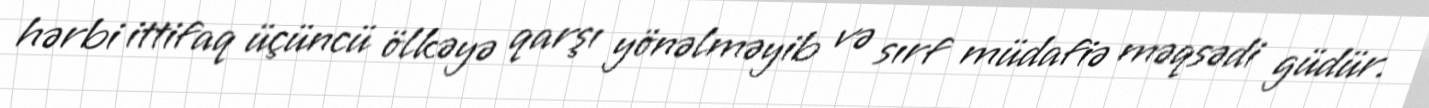
hərbi ittifaq üçüncü ölkəyə qarşı yönəlməyib və sırf müdafiə məqsədi güdür.